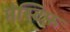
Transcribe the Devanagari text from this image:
मैस्टिफ़